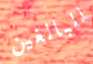
للبالغين